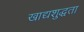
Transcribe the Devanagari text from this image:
खाद्यशुद्धता